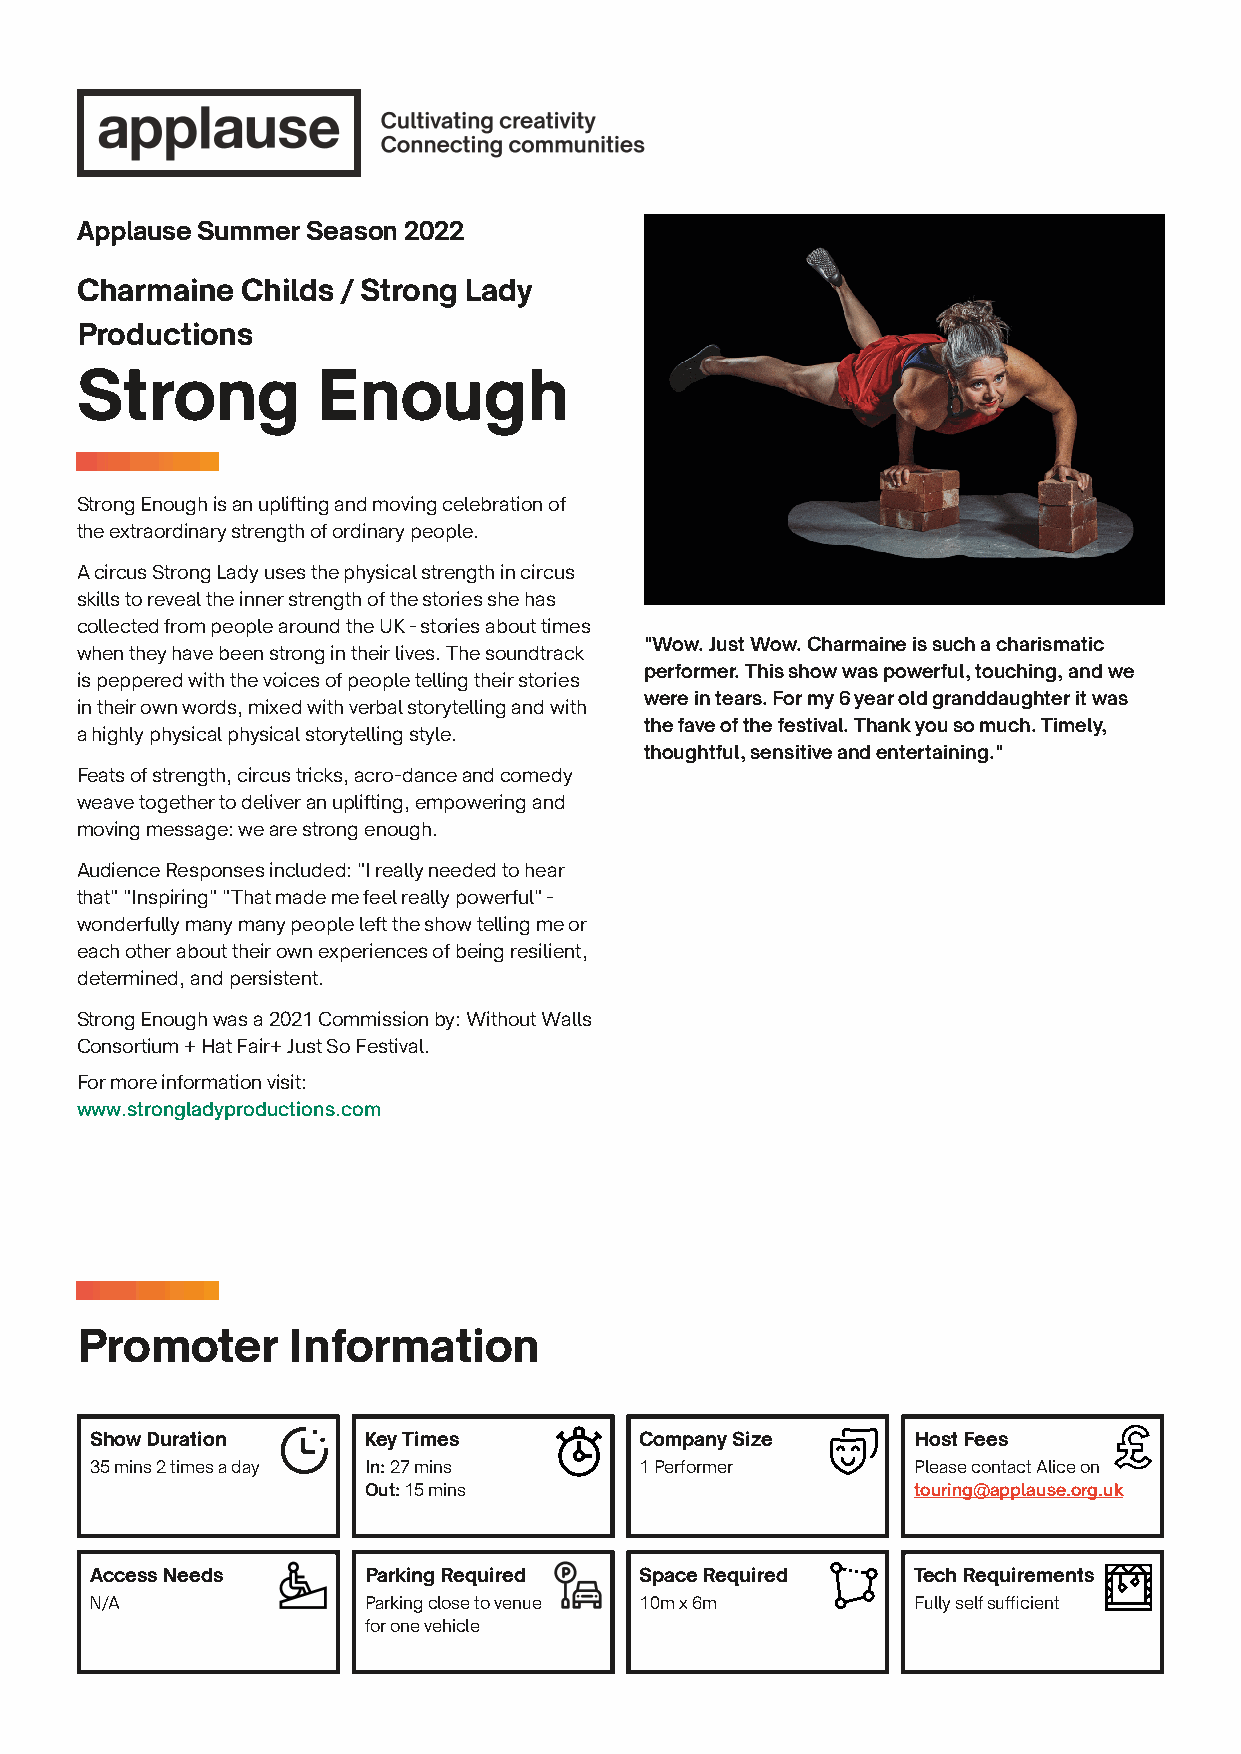
Applause Summer Season 2022
 Charmaine  Childs / Strong Lady
 Productions
 Strong          Enough
 Strong Enough is an uplifting and moving celebration of
 the extraordinary strength of ordinary people.
 A circus Strong Lady uses the physical strength in circus
 skills to reveal the inner strength of the stories she has
 collected from people around the UK - stories about times
 "Wow. Just Wow. Charmaine is such a charismatic
 when they have been strong in their lives. The soundtrack
 performer. This show was powerful, touching, and we
 is peppered with the voices of people telling their stories
 were in tears. For my 6 year old granddaughter it was
 in their own words, mixed with verbal storytelling and with
 the fave of the festival. Thank you so much. Timely,
 a highly physical physical storytelling style.
 thoughtful, sensitive and entertaining."
 Feats of strength, circus tricks, acro-dance and comedy
 weave together to deliver an uplifting, empowering and
 moving message: we are strong enough.
 Audience Responses included: "I really needed to hear
 that" "Inspiring" "That made me feel really powerful" -
 wonderfully many many people left the show telling me or
 each other about their own experiences of being resilient,
 determined, and persistent.
 Strong Enough was a 2021 Commission by: Without Walls
 Consortium + Hat Fair+ Just So Festival.
 For more information visit:
 www.strongladyproductions.com
 Promoter      Information
 Show Duration     Key Times         Company Size      Host Fees
 35 mins 2 times a day In: 27 mins   1 Performer       Please contact Alice on
 Out: 15 mins                        touring@applause.org.uk
 Access Needs      Parking Required  Space Required    Tech Requirements
 N/A               Parking close to venue 10m x 6m     Fully self suffi cient
 for one vehicle